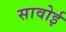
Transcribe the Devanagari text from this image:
सावोई